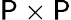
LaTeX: \mathsf{P}\times\mathsf{P}